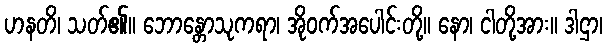
ဟနတိ၊ သတ်၏။ ဘောန္တောသုကရာ၊ အိုဝက်အပေါင်းတို့။ နော၊ ငါတို့အား။ ဒါဌာ၊